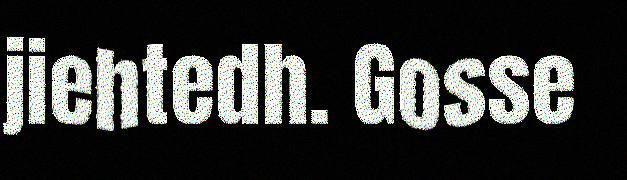
jiehtedh. Gosse